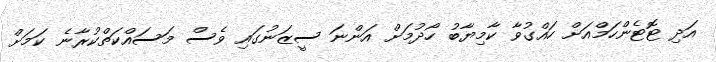
އަދި ޓޮޓެންހަމްއަށް ހައްގުވާ ކާމިޔާބު ހޯދުމަށް އަންނަ ސީޒަނުގައި ވެސް މަސައްކަތްކުރާނެ ކަމަށް